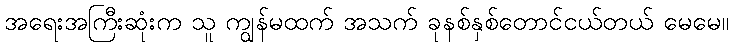
အရေးအကြီးဆုံးက သူ ကျွန်မထက် အသက် ခုနစ်နှစ်တောင်ငယ်တယ် မေမေ။